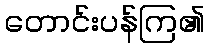
တောင်းပန်ကြ၏